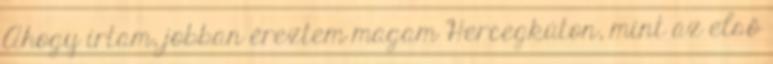
Ahogy írtam, jobban éreztem magam Hercegkúton, mint az első